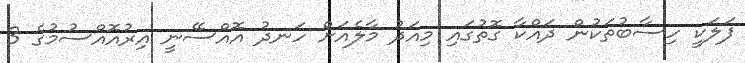
ފަލަކީ ހިސާބުތަކުން ދައްކާ ގޮތުގައި މިއަދު މާލެއަށް ހަނދު އޮއްސޭނީ އިރުއޮއްސުމުގެ 3